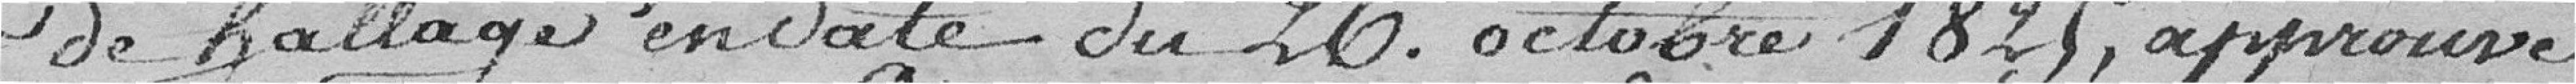
de hallage en date du 26. octobre 1825, approuvé